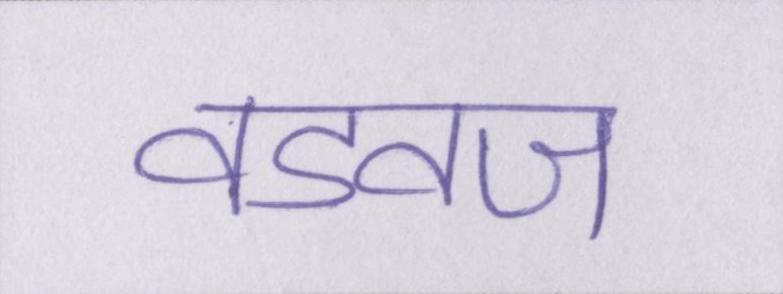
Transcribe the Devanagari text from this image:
वडवज